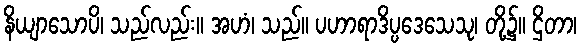
နိယျာသောပိ၊ သည်လည်း။ အဟံ၊ သည်။ ပဟာရာဒိပ္ပဒေသေသု၊ တို့၌။ ဌိတာ၊